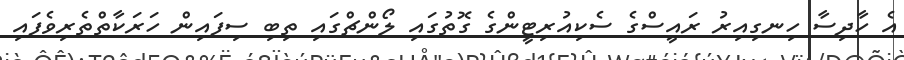
އެ ހާދިސާ ހިނގިއިރު ރައީސްގެ ސެކިއުރިޓީންގެ ގޮތުގައި ލޯންޗްގައި ތިބި ސިފައިން ހަރަކާތްތެރިވެފައި